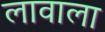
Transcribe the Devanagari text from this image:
लावाला